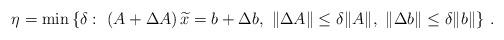
LaTeX: \begin{align*}\eta = \min \left\{\delta:\ (A+\Delta A)\, \widetilde x=b+\Delta b,\ \| \Delta A\| \leq \delta \| A\|,\ \| \Delta b\| \leq \delta \| b\| \right\}\,.\end{align*}